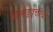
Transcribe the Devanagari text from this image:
खिलाडूवृत्तीचा